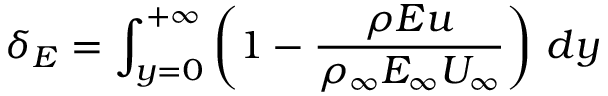
\delta _ { E } = \int _ { y = 0 } ^ { + \infty } \left( 1 - \frac { \rho E u } { \rho _ { \infty } E _ { \infty } U _ { \infty } } \right) \, d y